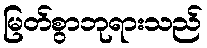
မြတ်စွာဘုရားသည်